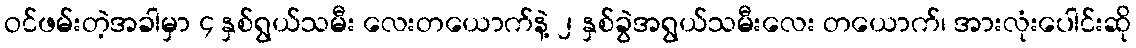
ဝင်ဖမ်းတဲ့အခါမှာ ၄ နှစ်ရွယ်သမီး လေးတယောက်နဲ့ ၂ နှစ်ခွဲအရွယ်သမီးလေး တယောက်၊ အားလုံးပေါင်းဆို